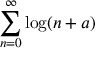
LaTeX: \sum _ { n = 0 } ^ { \infty } \log ( n + a )